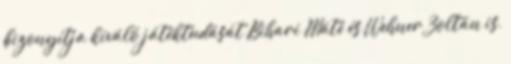
bizonyítja kiváló játéktudását Bihari Máté és Wehner Zoltán is,